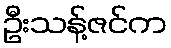
ဦးသန့်ဇင်က